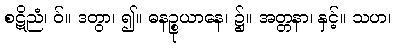
စဋိညံ၊ ဝ်။ ဒတွာ၊ ၍။ ဓနဉ္စုယာနေ၊ ၌။ အတ္တနာ၊ နှင့်။ သဟ၊